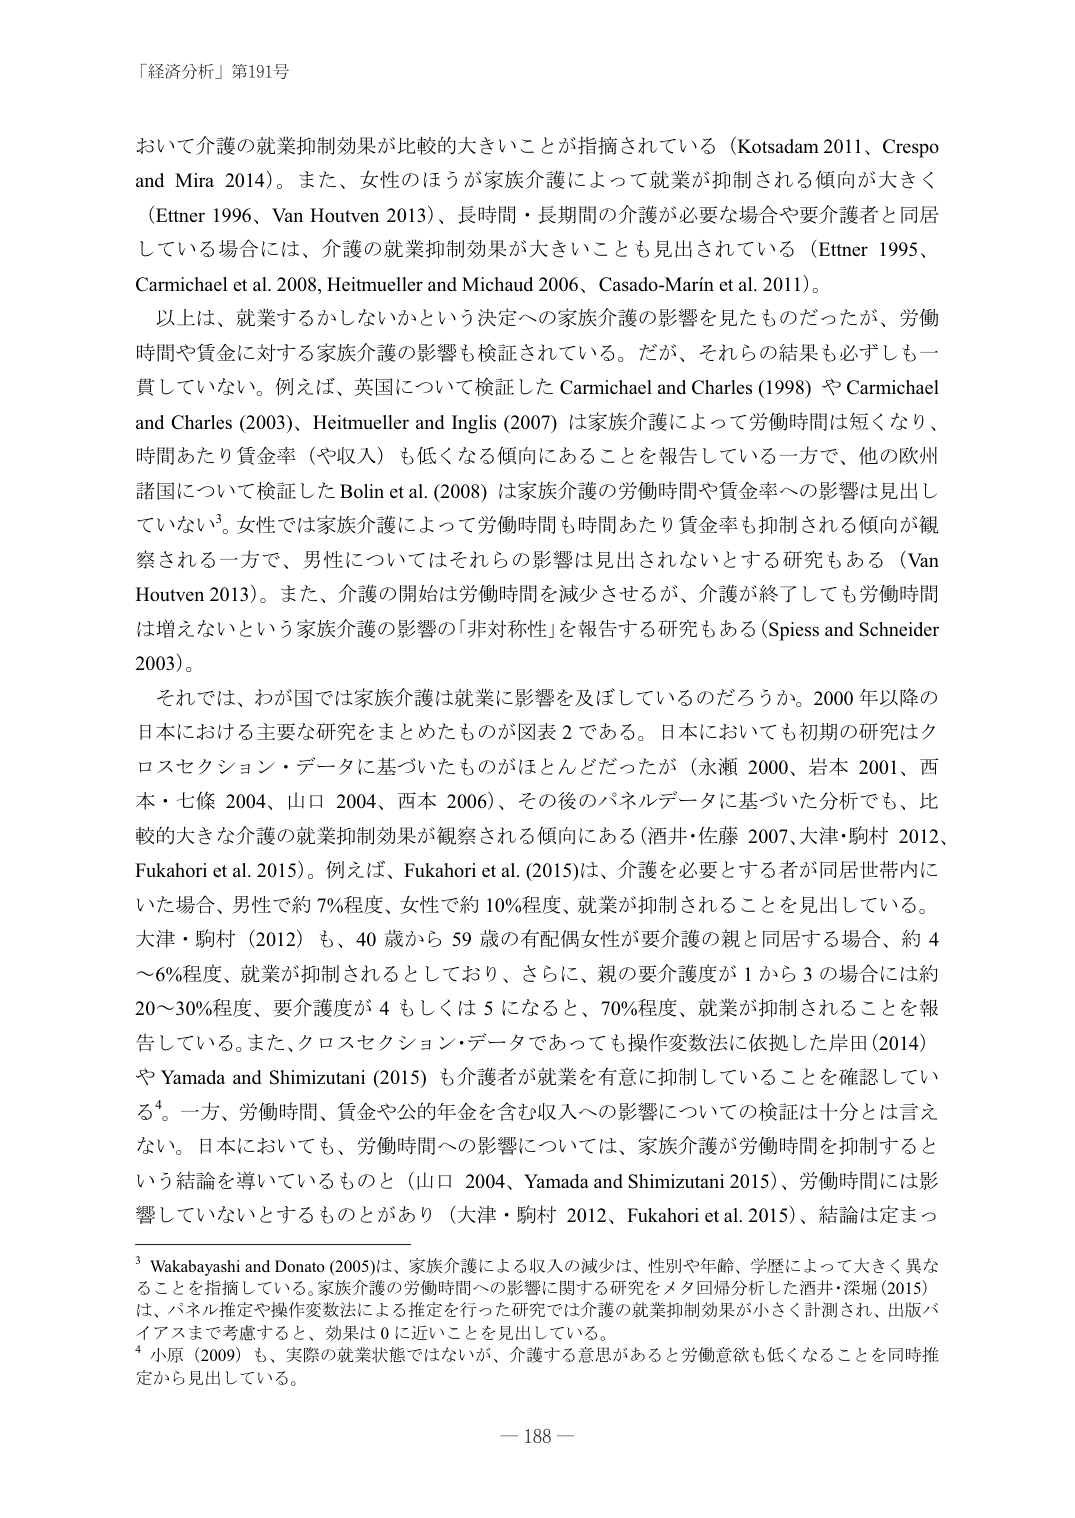
「経済分析」第191号

おいて介護の就業抑制効果が比較的大きいことが指摘されている（Kotsadam 2011、Crespo and Mira 2014）。また、女性のほうが家族介護によって就業が抑制される傾向が大きく（Ettner 1996、Van Houtven 2013）、長時間・長期間の介護が必要な場合や要介護者と同居している場合には、介護の就業抑制効果が大きいことも見出されている（Ettner 1995、Carmichael et al. 2008, Heitmueller and Michaud 2006、Casado-Marin et al. 2011）。

以上は、就業するかしないかという決定への家族介護の影響を見たものだったが、労働時間や賃金に対する家族介護の影響も検証されている。だが、それらの結果も必ずしも一貫していない。例えば、英国について検証した Carmichael and Charles (1998) や Carmichael and Charles (2003)、Heitmueller and Inglis (2007) は家族介護によって労働時間は短くなり、時間あたり賃金率（や収入）も低くなる傾向にあることを報告している一方で、他の欧州諸国について検証した Bolin et al. (2008) は家族介護の労働時間や賃金率への影響は見出していない。女性では家族介護によって労働時間も時間あたり賃金率も抑制される傾向が観察される一方で、男性についてはそれらの影響は見出されないとする研究もある（Van Houtven 2013）。また、介護の開始は労働時間を減少させるが、介護が終了しても労働時間は増えないという家族介護の影響の「非対称性」を報告する研究もある（Spiess and Schneider 2003）。

それでは、わが国では家族介護は就業に影響を及ぼしているのだろうか。2000 年以降の日本における主要な研究をまとめたものが図表 2 である。日本においても初期の研究はクロスセクション・データに基づいたものがほとんどだったが（永瀬 2000、岩本 2001、西本・七條 2004、山口 2004、西本 2006）、その後のパネルデータに基づいた分析でも、比較的大きな介護の就業抑制効果が観察される傾向にある（酒井・佐藤 2007、大津・駒村 2012、Fukahori et al. 2015）。例えば、Fukahori et al. (2015)は、介護を必要とする者が同居世帯内にいた場合、男性で約 7%程度、女性で約 10%程度、就業が抑制されることを見出している。大津・駒村（2012）も、40 歳から 59 歳の有配偶女性が要介護の親と同居する場合、約 4～6%程度、就業が抑制されるとしており、さらに、親の要介護度が 1 から 3 の場合には約 20～30%程度、要介護度が 4 もしくは 5 になると、70%程度、就業が抑制されることを報告している。また、クロスセクション・データであっても操作変数法に依拠した岸田（2014）や Yamada and Shimizutani (2015) も介護者が就業を有意に抑制していることを確認している。一方、労働時間、賃金や公的年金を含む収入への影響についての検証は十分とは言えない。日本においても、労働時間への影響については、家族介護が労働時間を抑制するという結論を導いているものと（山口 2004、Yamada and Shimizutani 2015）、労働時間には影響していないとするものとがあり（大津・駒村 2012、Fukahori et al. 2015）、結論は定まっ

3 Wakabayashi and Donato (2005)は、家族介護による収入の減少は、性別や年齢、学歴によって大きく異なることを指摘している。家族介護の労働時間への影響に関する研究をメタ回帰分析した酒井・深堀（2015）は、パネル推定や操作変数法による推定を行った研究では介護の就業抑制効果が小さく計測され、出版バイアスまで考慮すると、効果は 0 に近いことを見出している。

4 小原（2009）も、実際の就業状態ではないが、介護する意思があると労働意欲も低くなることを同時推定から見出している。

— 188 —